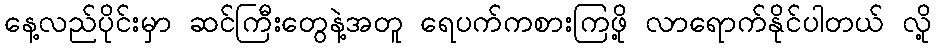
နေ့လည်ပိုင်းမှာ ဆင်ကြီးတွေနဲ့အတူ ရေပက်ကစားကြဖို့ လာရောက်နိုင်ပါတယ် လို့